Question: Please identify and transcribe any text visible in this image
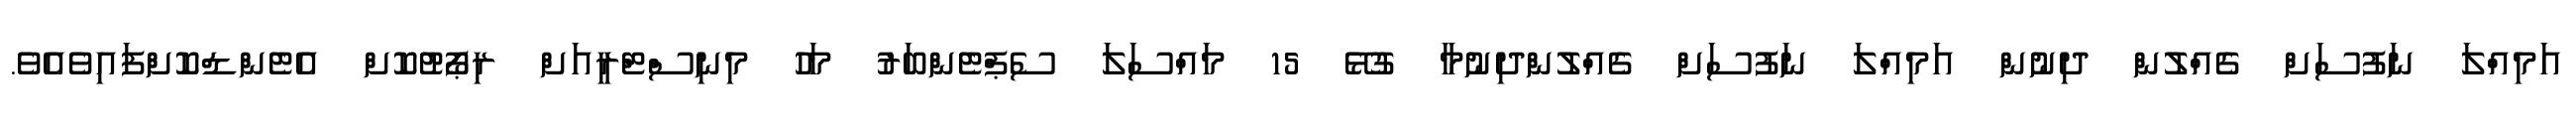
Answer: އަމިއްލަ ނަފުސަށް ގެއްލުން ދިނުން އަމިއްލަ ނަފުސަށް ގެއްލުންދިނުމާ ގުޅޭ 15 މައްސަލަ ސެޕްޓެންބަރު މަހު މިނިސްޓްރީއަށް ރިޕޯޓުކޮށް އެޓެންޑްކޮށްފައިވެއެވެ.